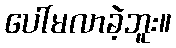
ပေါ်မလာခဲ့ဘူး။